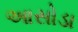
આસોડા